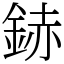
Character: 䤲